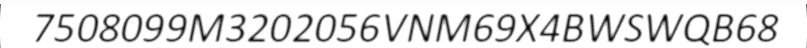
7508099M3202056VNM69X4BWSWQB68